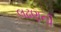
લઢણની